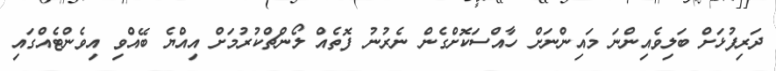
ދަރިފުޅަށް ބަލިވެއިންްނަ މައިންނަށް ހާއްސަކޮށްގެން ނެރުނު ފޮތެއް ލޯންޗްކުރުމަށް އިއްޔެ ބޭއްވި އިވެންޓެއްގައި